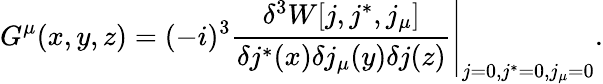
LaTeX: G^{\mu}(x,y,z)=(-i)^{3}\left.\frac{\delta^{3}W[j,j^{\ast},j_{\mu}]}{\delta j^{\ast}(x)\delta j_{\mu}(y)\delta j(z)}\right|_{j=0,j^{\ast}=0,j_{\mu}=0}.